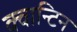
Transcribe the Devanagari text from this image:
क्वान्टिन